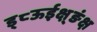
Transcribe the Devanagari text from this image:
ड्८ऊईक्ष़्ङंक्ष